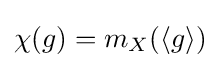
\chi (g)=m_{X}(\langle g\rangle )